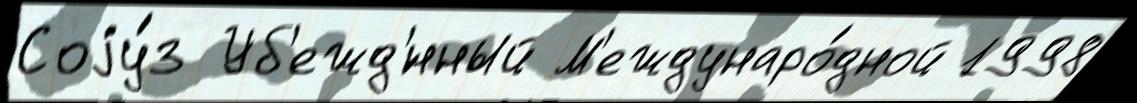
Соjу́з Уб'ежд'́нный М'еждунаро́дной 1998